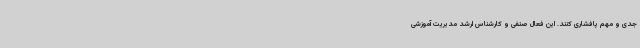
جدی و مهم پافشاری کنند. این فعال صنفی و کارشناس ارشد مدیریت آموزشی